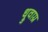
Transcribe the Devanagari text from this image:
ध्रुवाग्र